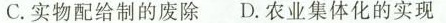
C.实物配给制的废除 D.农业集体化的实现